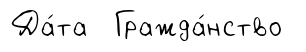
Да́та Гражда́нство